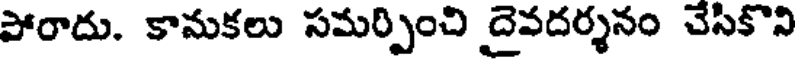
పోరాదు. కామకలు సమర్పించి దైవదర్శనం చేసికొని